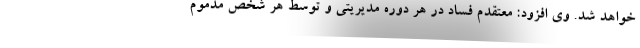
خواهد شد. وی افزود: معتقدم فساد در هر دوره مدیریتی و توسط هر شخص مذموم